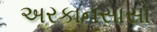
અરકાનસાસો